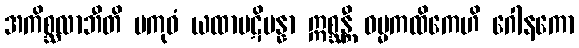
အကိစ္ဆလာဘီတိ ပကုဓံ ယထာပဋိပန္နာ ဣစ္ဆန္တီ ဓမ္မကထိကေဟိ ဂေါနကော